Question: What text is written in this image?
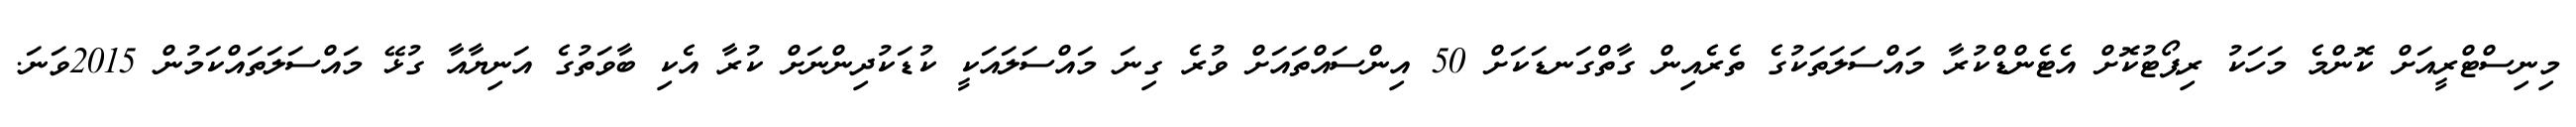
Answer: މިނިސްޓްރީއަށް ކޮންމެ މަހަކު ރިޕޯޓުކޮށް އެޓެންޑްކުރާ މައްސަލަތަކުގެ ތެރެއިން ގާތްގަނޑަކަށް 50 އިންސައްތައަށް ވުރެ ގިނަ މައްސަލައަކީ ކުޑަކުދިންނަށް ކުރާ އެކި ބާވަތުގެ އަނިޔާއާ ގުޅޭ މައްސަލަތައްކަމުން 2015ވަނަ.